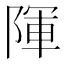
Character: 𮥒